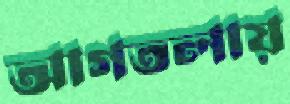
আগতলায়